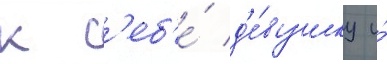
к с'еб'е́ д'е́вушку и́